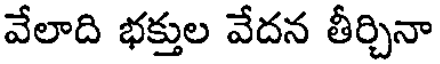
వేలాది భక్తుల వేదన తీర్చినా